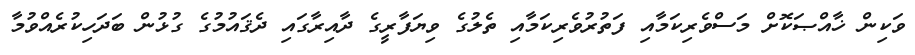
ވަކިން ޚާއްޞަކޮށް މަސްވެރިކަމާއި ފަތުރުވެރިކަމާއި ތެލުގެ ވިޔަފާރީގެ ދާއިރާގައި ދެޤައުމުގެ ގުޅުން ބަދަހިކުރެއްވުމާ